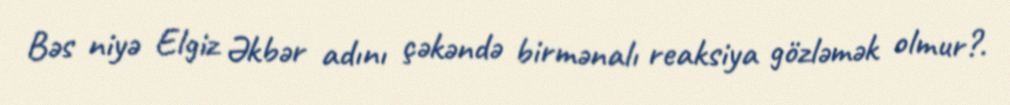
Bəs niyə Elgiz Əkbər adını çəkəndə birmənalı reaksiya gözləmək olmur?.